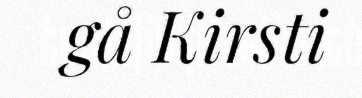
gå Kirsti